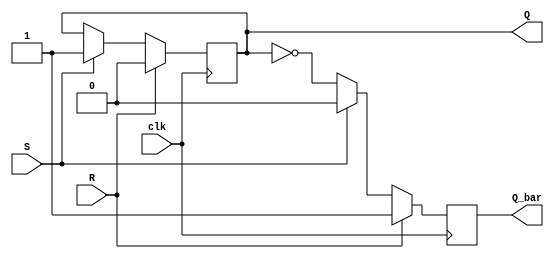
module sr_flipflop (
    input S, // Set input
    input R, // Reset input
    input clk, // Clock input
    output reg Q, // Output Q
    output reg Q_bar // Output Q_bar
);

reg Q_next, Q_bar_next;

always @(posedge clk) begin
    if (R) begin
        Q_next <= 0;
        Q_bar_next <= 1;
    end else if (S) begin
        Q_next <= 1;
        Q_bar_next <= 0;
    end else begin
        Q_next <= Q;
        Q_bar_next <= ~Q;
    end
end

assign Q = Q_next;
assign Q_bar = Q_bar_next;

endmodule